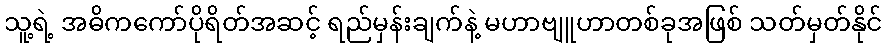
သူ့ရဲ့ အဓိကကော်ပိုရိတ်အဆင့် ရည်မှန်းချက်နဲ့ မဟာဗျူဟာတစ်ခုအဖြစ် သတ်မှတ်နိုင်